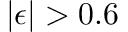
| \epsilon | > 0 . 6